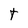
Character: t